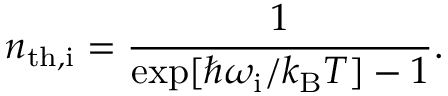
n _ { \mathrm { t h , i } } = \frac { 1 } { \exp [ \hbar \omega _ { \mathrm { i } } / k _ { \mathrm { B } } T ] - 1 } .